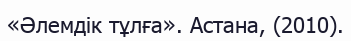
«Әлемдік тұлға». Астана, (2010).